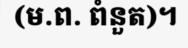
(ម.ព. ពំនួត)។